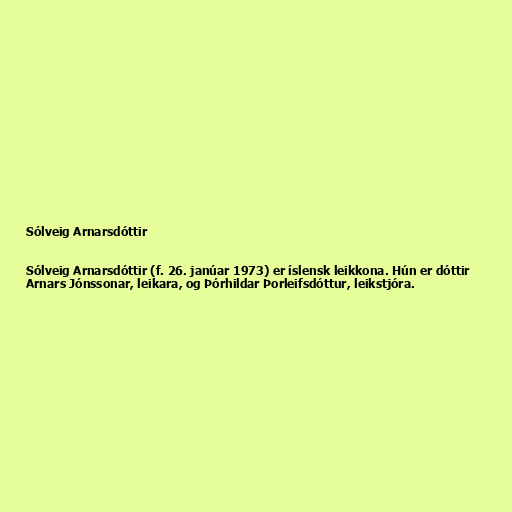
Sólveig Arnarsdóttir

Sólveig Arnarsdóttir (f. 26. janúar 1973) er íslensk leikkona. Hún er dóttir
Arnars Jónssonar, leikara, og Þórhildar Þorleifsdóttur, leikstjóra.